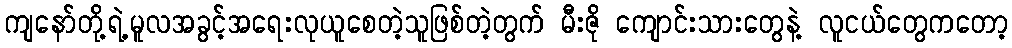
ကျနော်တို့ရဲ့မူလအခွင့်အရေးလုယူစေတဲ့သူဖြစ်တဲ့တွက် မီးဇို ကျောင်းသားတွေနဲ့ လူငယ်တွေကတော့